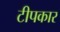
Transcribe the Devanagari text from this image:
टीपकार